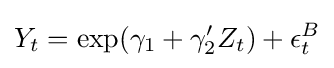
Y_{t}=\exp(\gamma _{1}+\gamma _{2}'Z_{t})+\epsilon _{t}^{B}